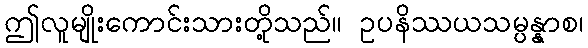
ဤလူမျိုးကောင်းသားတို့သည်။ ဥပနိဿယသမ္ပန္နာစ၊